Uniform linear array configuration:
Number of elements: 12
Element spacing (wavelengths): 0.25
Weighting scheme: binomial
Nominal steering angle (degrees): -30
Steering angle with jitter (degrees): -31.785
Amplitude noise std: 0.05
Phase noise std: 0.05

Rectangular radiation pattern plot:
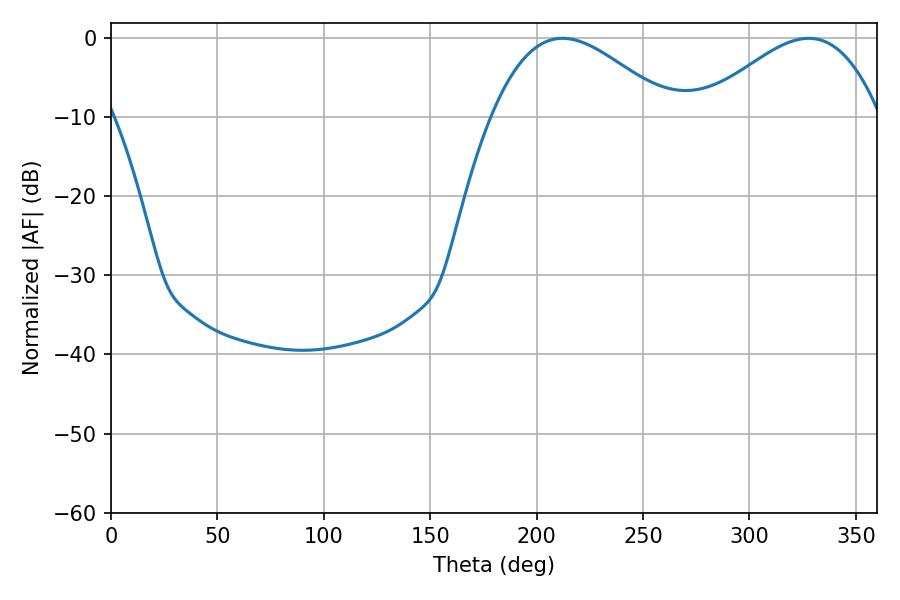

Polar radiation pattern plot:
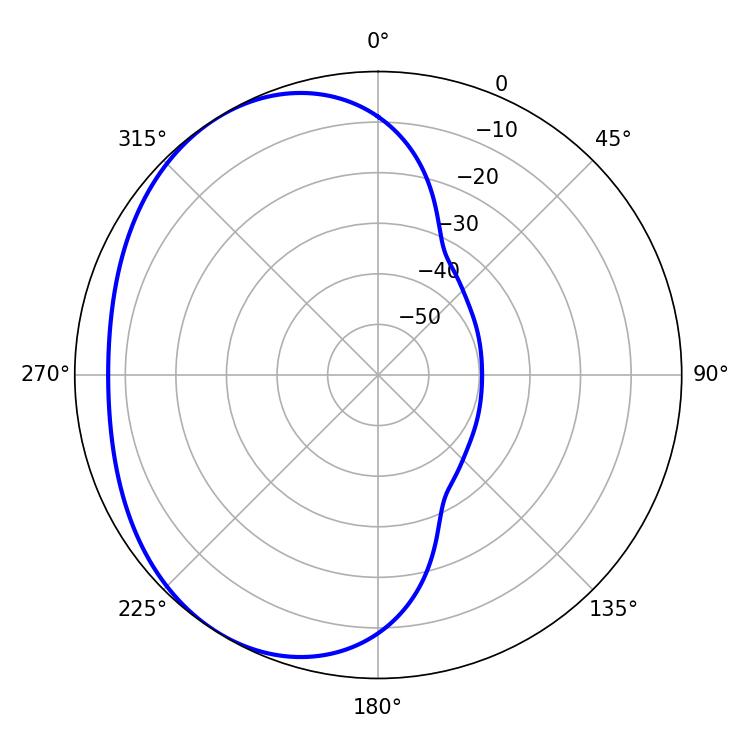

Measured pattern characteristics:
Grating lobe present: FALSE
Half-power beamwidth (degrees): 45.18
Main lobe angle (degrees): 212.22